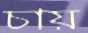
চায়